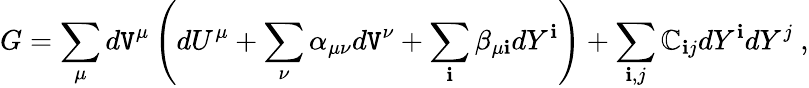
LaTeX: G=\sum_{\mu}d\mathtt{V}^{\mu}\left(dU^{\mu}+\sum_{\nu}\alpha_{\mu\nu}d\mathtt{V}^{\nu}+\sum_{\mathbf{i}}\beta_{\mu\mathbf{i}}dY^{\mathbf{i}}\right)+\sum_{\mathbf{i},j}\mathbb{C}_{\mathbf{i}j}dY^{\mathbf{i}}dY^{j}~,